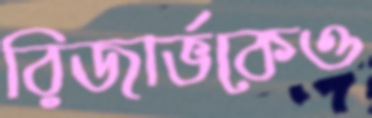
রিজার্ভকেও